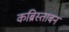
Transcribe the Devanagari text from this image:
कब्रिस्ताबन